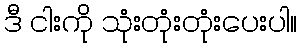
ဒီ ငါးကို သုံးတုံးတုံးပေးပါ။